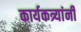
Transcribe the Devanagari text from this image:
कार्यकत्र्यांनी